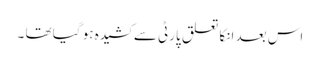
اس بعد انکا تعلق پارٹی سے کشیدہ ہو گیا تھا ۔